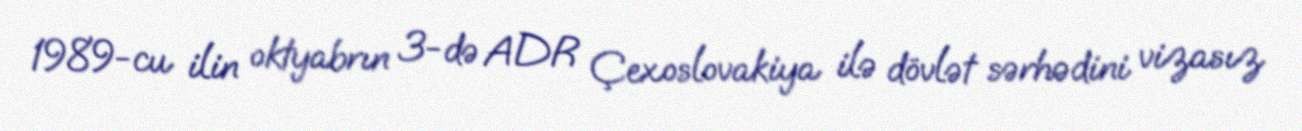
1989-cu ilin oktyabrın 3-də ADR Çexoslovakiya ilə dövlət sərhədini vizasız